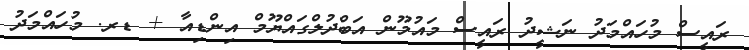
ރައީސް މުހައްމަދު ނަޝީދު ރައީސް މައުމޫން އަބްދުލްގައްޔޫމް އިންޑިއާ + ޑރ. މުހައްމަދު